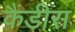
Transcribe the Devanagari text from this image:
कैंडीस